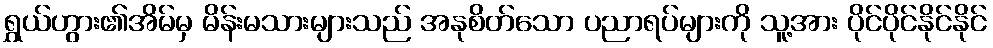
ရွှယ်ဟွား၏အိမ်မှ မိန်းမသားများသည် အနုစိတ်သော ပညာရပ်များကို သူ့အား ပိုင်ပိုင်နိုင်နိုင်